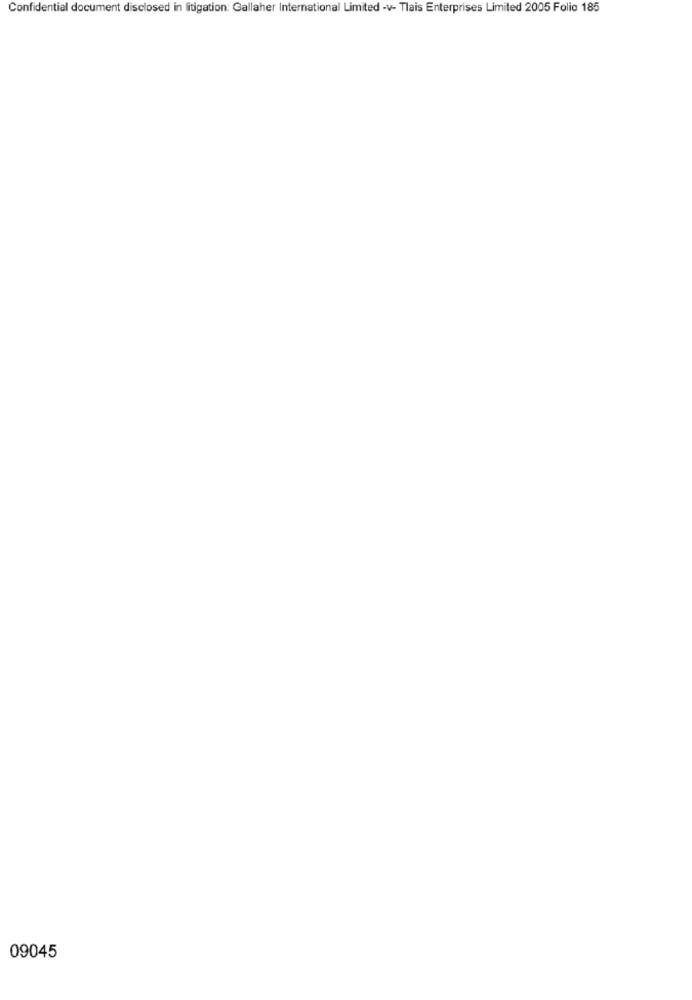
Confidential document disclosed in litigation: Gallaher International Limited -v- Tlais Enterprises Limited 2005 Folio 185
09045